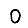
Digit: 0